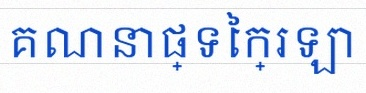
គណនាផ្ទៃក្រឡា